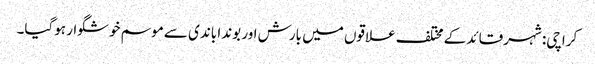
کراچی: شہرقائد کے مختلف علاقوں میں بارش اور بوندا باندی سے موسم خوشگوار ہوگیا۔